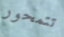
تتمحور